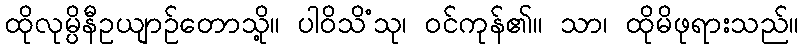
ထိုလုမ္ပိနီဥယျာဉ်တောသို့။ ပါဝိသိံသု၊ ဝင်ကုန်၏။ သာ၊ ထိုမိဖုရားသည်။